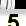
Digit: 5